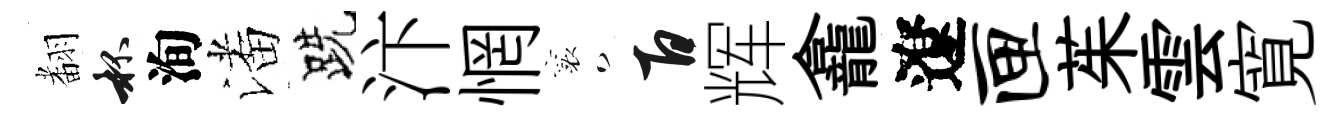
𮋒杯洵潘跣汴惘襄百辉龕遼匣茱雲寛